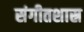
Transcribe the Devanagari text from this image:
संगीतशास्र